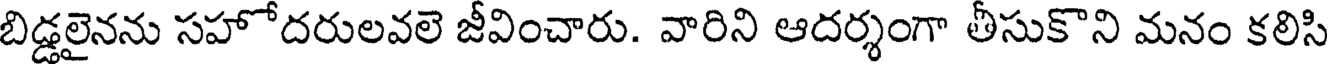
బిడ్డలైనను సహోదరులవలె జీవించారు. వారిని ఆదర్శంగా తీసుకొని మనం కలిసి